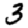
Digit: 3